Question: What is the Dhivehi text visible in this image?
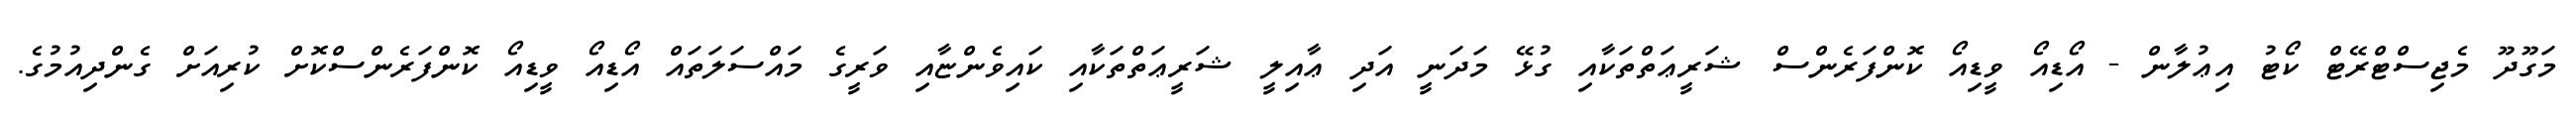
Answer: މަގޫދޫ މެޖިސްޓްރޭޓް ކޯޓު އިޢުލާން - އޯޑިއޯ ވީޑިއޯ ކޮންފަރެންސް ޝަރީޢަތްތަކާއި ގުޅޭ މަދަނީ އަދި ޢާއިލީ ޝަރީޢަތްތަކާއި ކައިވެންޏާއި ވަރީގެ މައްސަލަތައް އޯޑިއޯ ވީޑިއޯ ކޮންފަރެންސްކޮށް ކުރިއަށް ގެންދިއުމުގެ.